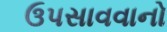
ઉપસાવવાનો